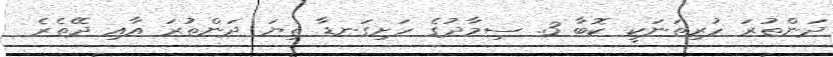
ދަންތުރަ ހުރިތަނަކީ ކޮބާ 3. ސިމާދުގެ ހަށިގަނޑާ ތިޔަ ދަންތުރަ އާއި ދޭތެރެ